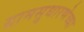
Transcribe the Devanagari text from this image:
ग्रामसुधारणेच्या